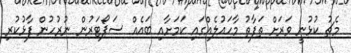
މެޗު ކުޅުނީ ވަރަށް ތަފާތު މާހައުލެއްގައި ކަމަށާއި ބައެއް ސަޕޯޓަރުން ނުރުހުން ފާޅުކުރި